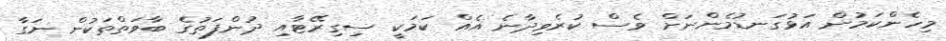
މިހެންކަމުން އަޅުގަނޑުމެންނަށް ވެސް ކުރެވިދާނެ އެއް ކަމަކީ ސިގިރޭޓާއި ދުންފަތުގެ ބާވަތްތަކުން ނަގާ